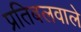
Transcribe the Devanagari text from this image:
प्रतिबलवाले